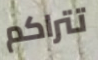
تتراكم